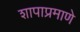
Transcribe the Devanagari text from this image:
शापाप्रमाणे